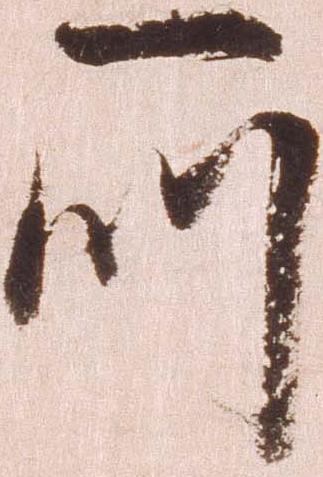
所